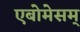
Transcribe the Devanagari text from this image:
एबोमेसम्